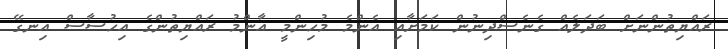
ރައްޔިތުންނަށް ބަދަލެއް ގެނެސްދިނުން ކަމަށާއި އެންމެ މުހިންމީ އާންމު ރައްޔިތުންގެ އިހުސާސް އިނގޭ